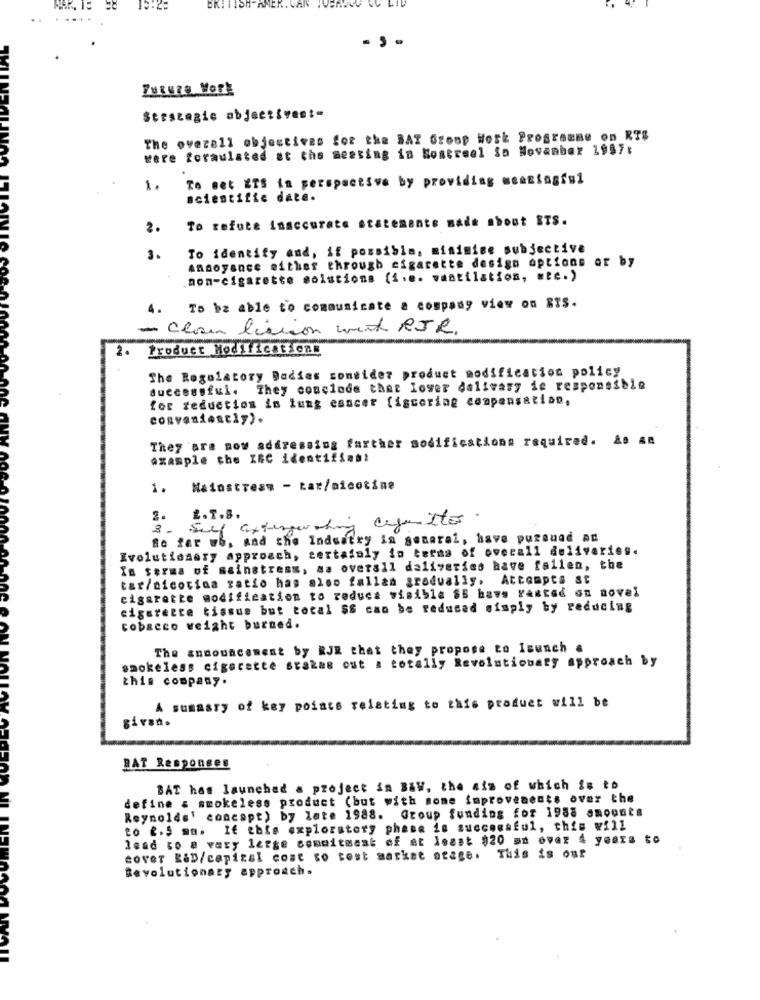
46
BRITISH-AMER. VAR
strategic objectives :-
The overall objectives for the BAT Group Work Programme on RT$
were formulated at the meeting in Nostreel Sa November 1987;
To set ETS in perspective by providing meaningful
scientific date.
To refute inaccurate statements made about ITS.
2.
To identify and, if possible. minimise subjective
3.
Annoyance either through cigarette design options or by
non-cigarette solutions (i.e. vaatilation, etc.)
To be able to communicate a company view on STS.
- Claus lission mit RJR.
2.
Product Modifications
The Regulatory Dadies consider product modification policy
successful. They conclude that loser dalivary ie responsible
for reduction in lung cancer fiscoring compensation,
conveniently).
They are now addressing farther modifications required. As an
example the IBC identifiant
1.
Nalostress - Lar/nicotine
3. Self axtersworking cagettes.
2.
Bo fer wh, and the Industry in general, have puraund An
Evolutionary approach, certainly in terms of overall deliveries.
In terms of sainstress, sa overall deliveries have fallen, the
tar/nicotina ratio has also fallan gradually, Attempts st
cigarette modification to reduce visible SS havs FAsted on novel
cigarette tissus but total $8 can be reduced simply by reducing
tobacco weight burned.
The announcement by RJR that they propose to Isunch .
smokeless cigarette stakas out a totally Revolutionary approach by
this company.
A summary of key points relating to this product will be
given.
BAT Responses
BAT has launched a project in B&W, the aim of which is to
define & smokeless product (but with some improvements over the
Reynolds' concept) by late 1988. Group funding for 1988 amounts
to &.5 mm. If this exploratory phase is successful, this will
lead to a very large comoitmaat of at least $20 ma over 4 years to
cover R&D/capital cost so tost market stage. This is our
Revolutionary approach.